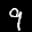
Label: 9